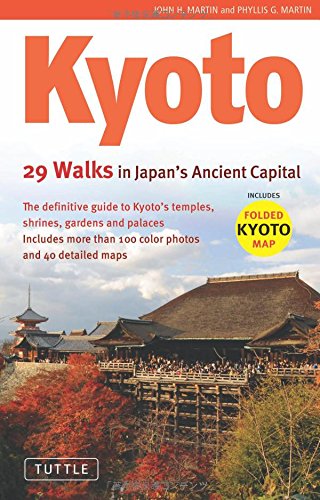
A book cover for Kyoto: 29 Walks in Japan's Ancient Capital; John H. Martin; History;